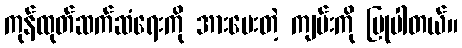
ကုန်ထုတ်ဆက်ဆံရေးကို အားပေးတဲ့ ကျမ်းကို ပြုပါတယ်။